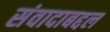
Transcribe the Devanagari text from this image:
संवादाबद्दल